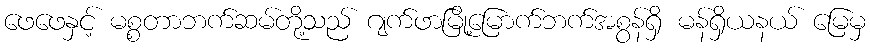
ဖေဖေနှင့် မစ္စတာဘက်ဆမ်တို့သည် ဂျက်ဖာမြို့မြောက်ဘက်အစွန်ရှိ မန်ရှိယနယ် မြေမှ